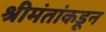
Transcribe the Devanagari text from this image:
श्रीमंतांकडून